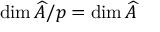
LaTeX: \dim { \widehat { A } } / p = \dim { \widehat { A } }